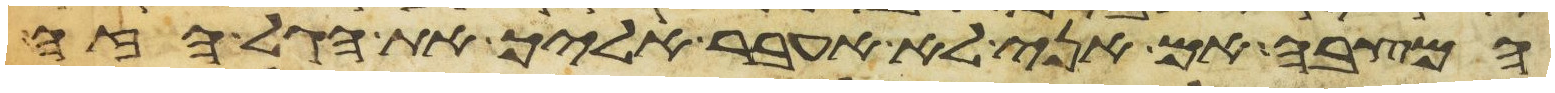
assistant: המצבה אם אני לא אעבר אליך את הגל הזה